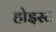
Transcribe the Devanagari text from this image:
होइस्ट